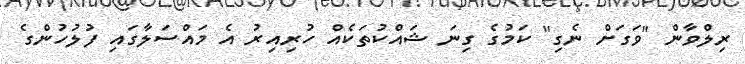
ރިލްވާން "ވަގަށް ނެގި" ކަމުގެ ގިނަ ޝައްކުތަކެއް ހުރިއިރު އެ މައްސަލާގައި ފުލުހުންގެ